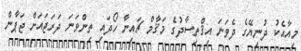
މިއާއެކު ދުނިޔޭގެ ދެވަނަ އިޤްތިސާދުގެ މަޤާމް ޗައިނާ ހޯދައި ތިންވަނަ ދަރަޖައަށް ޖަޕާން